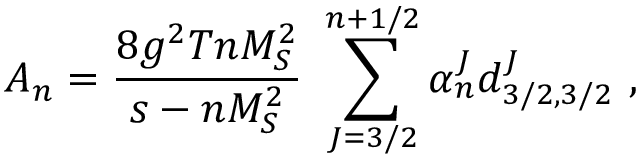
A _ { n } = \frac { 8 g ^ { 2 } T n M _ { S } ^ { 2 } } { s - n M _ { S } ^ { 2 } } \mathrm { ~ } \sum _ { J = 3 / 2 } ^ { n + 1 / 2 } \alpha _ { n } ^ { J } d _ { 3 / 2 , 3 / 2 } ^ { J } \ ,